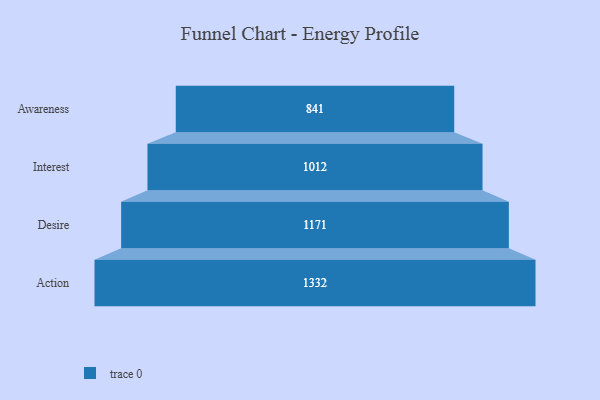
{"axis": {"x": "Stage", "y": "Value"}, "legend": [""], "data": [{"x": "Awareness", "y": 841.0, "type": ""}, {"x": "Interest", "y": 1012.0, "type": ""}, {"x": "Desire", "y": 1171.0, "type": ""}, {"x": "Action", "y": 1332.0, "type": ""}]}